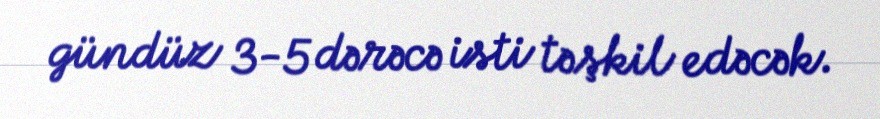
gündüz 3-5 dərəcə isti təşkil edəcək.